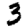
Digit: 3